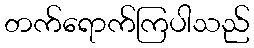
တက်ရောက်ကြပါသည်